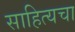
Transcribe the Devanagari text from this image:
साहित्यचा